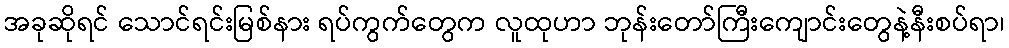
အခုဆိုရင် သောင်ရင်းမြစ်နား ရပ်ကွက်တွေက လူထုဟာ ဘုန်းတော်ကြီးကျောင်းတွေနဲ့နီးစပ်ရာ၊